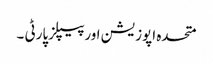
متحدہ اپوزیشن اورپیپلزپارٹی ۔